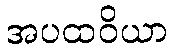
အပထဝိယာ